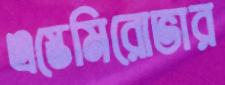
এস্তেমিরোভার